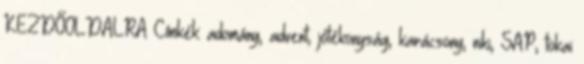
KEZDŐOLDALRA Címkék: adomány, advent, jótékonyság, karácsony, niki, SAP, tokai